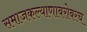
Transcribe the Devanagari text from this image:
समाजकल्याणाबरोबरच